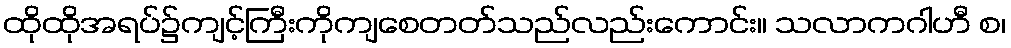
ထိုထိုအရပ်၌ကျင့်ကြီးကိုကျစေတတ်သည်လည်းကောင်း။ သလာကဂါဟီ စ၊